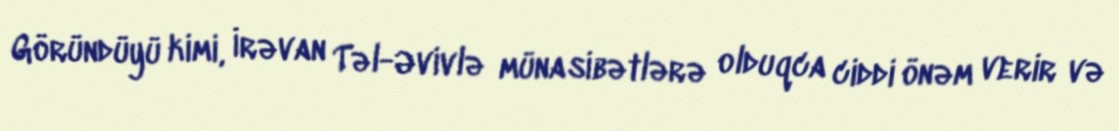
Göründüyü kimi, İrəvan Təl-Əvivlə münasibətlərə olduqca ciddi önəm verir və